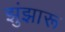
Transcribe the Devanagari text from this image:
झुंझारू